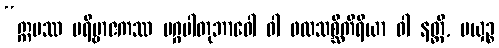
“ဣမဿ ပရိဗ္ဗာဇကဿ မဂ္ဂပါတုဘာဝေါ ဝါ ဖလသစ္ဆိကိရိယာ ဝါ နတ္ထိ, မယှဉ္စ